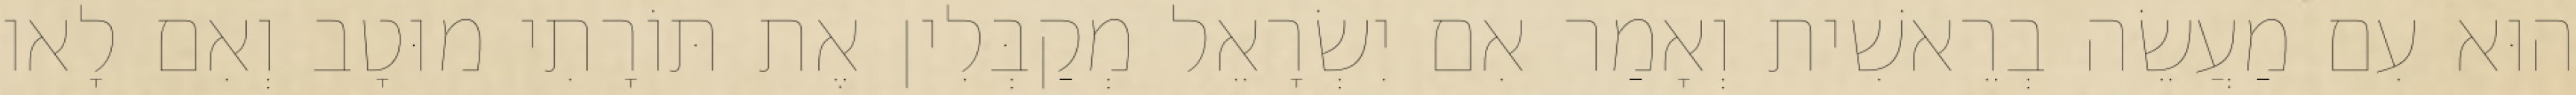
הוּא עִם מַעֲשֵׂה בְרֵאשִׁית וְאָמַר אִם יִשְׂרָאֵל מְקַבְּלִין אֶת תּוֹרָתִי מוּטָב וְאִם לָאו